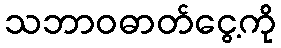
သဘာဝဓာတ်ငွေ့ကို